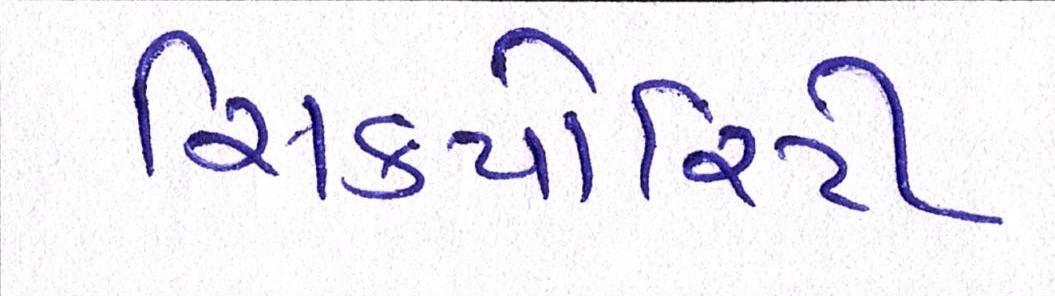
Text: સિક્યોરિટી